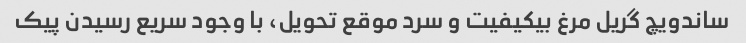
ساندویچ گریل مرغ بی‎کیفیت و سرد موقع تحویل، با وجود سریع رسیدن پیک